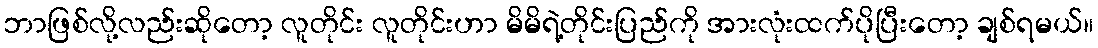
ဘာဖြစ်လို့လည်းဆိုတော့ လူတိုင်း လူတိုင်းဟာ မိမိရဲ့တိုင်းပြည်ကို အားလုံးထက်ပိုပြီးတော့ ချစ်ရမယ်။